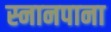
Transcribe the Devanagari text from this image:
स्नानपाना